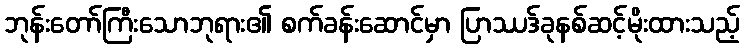
ဘုန်းတော်ကြီးသောဘုရား၏ စက်ခန်းဆောင်မှာ ပြာဿဒ်ခုနစ်ဆင့်မိုးထားသည့်